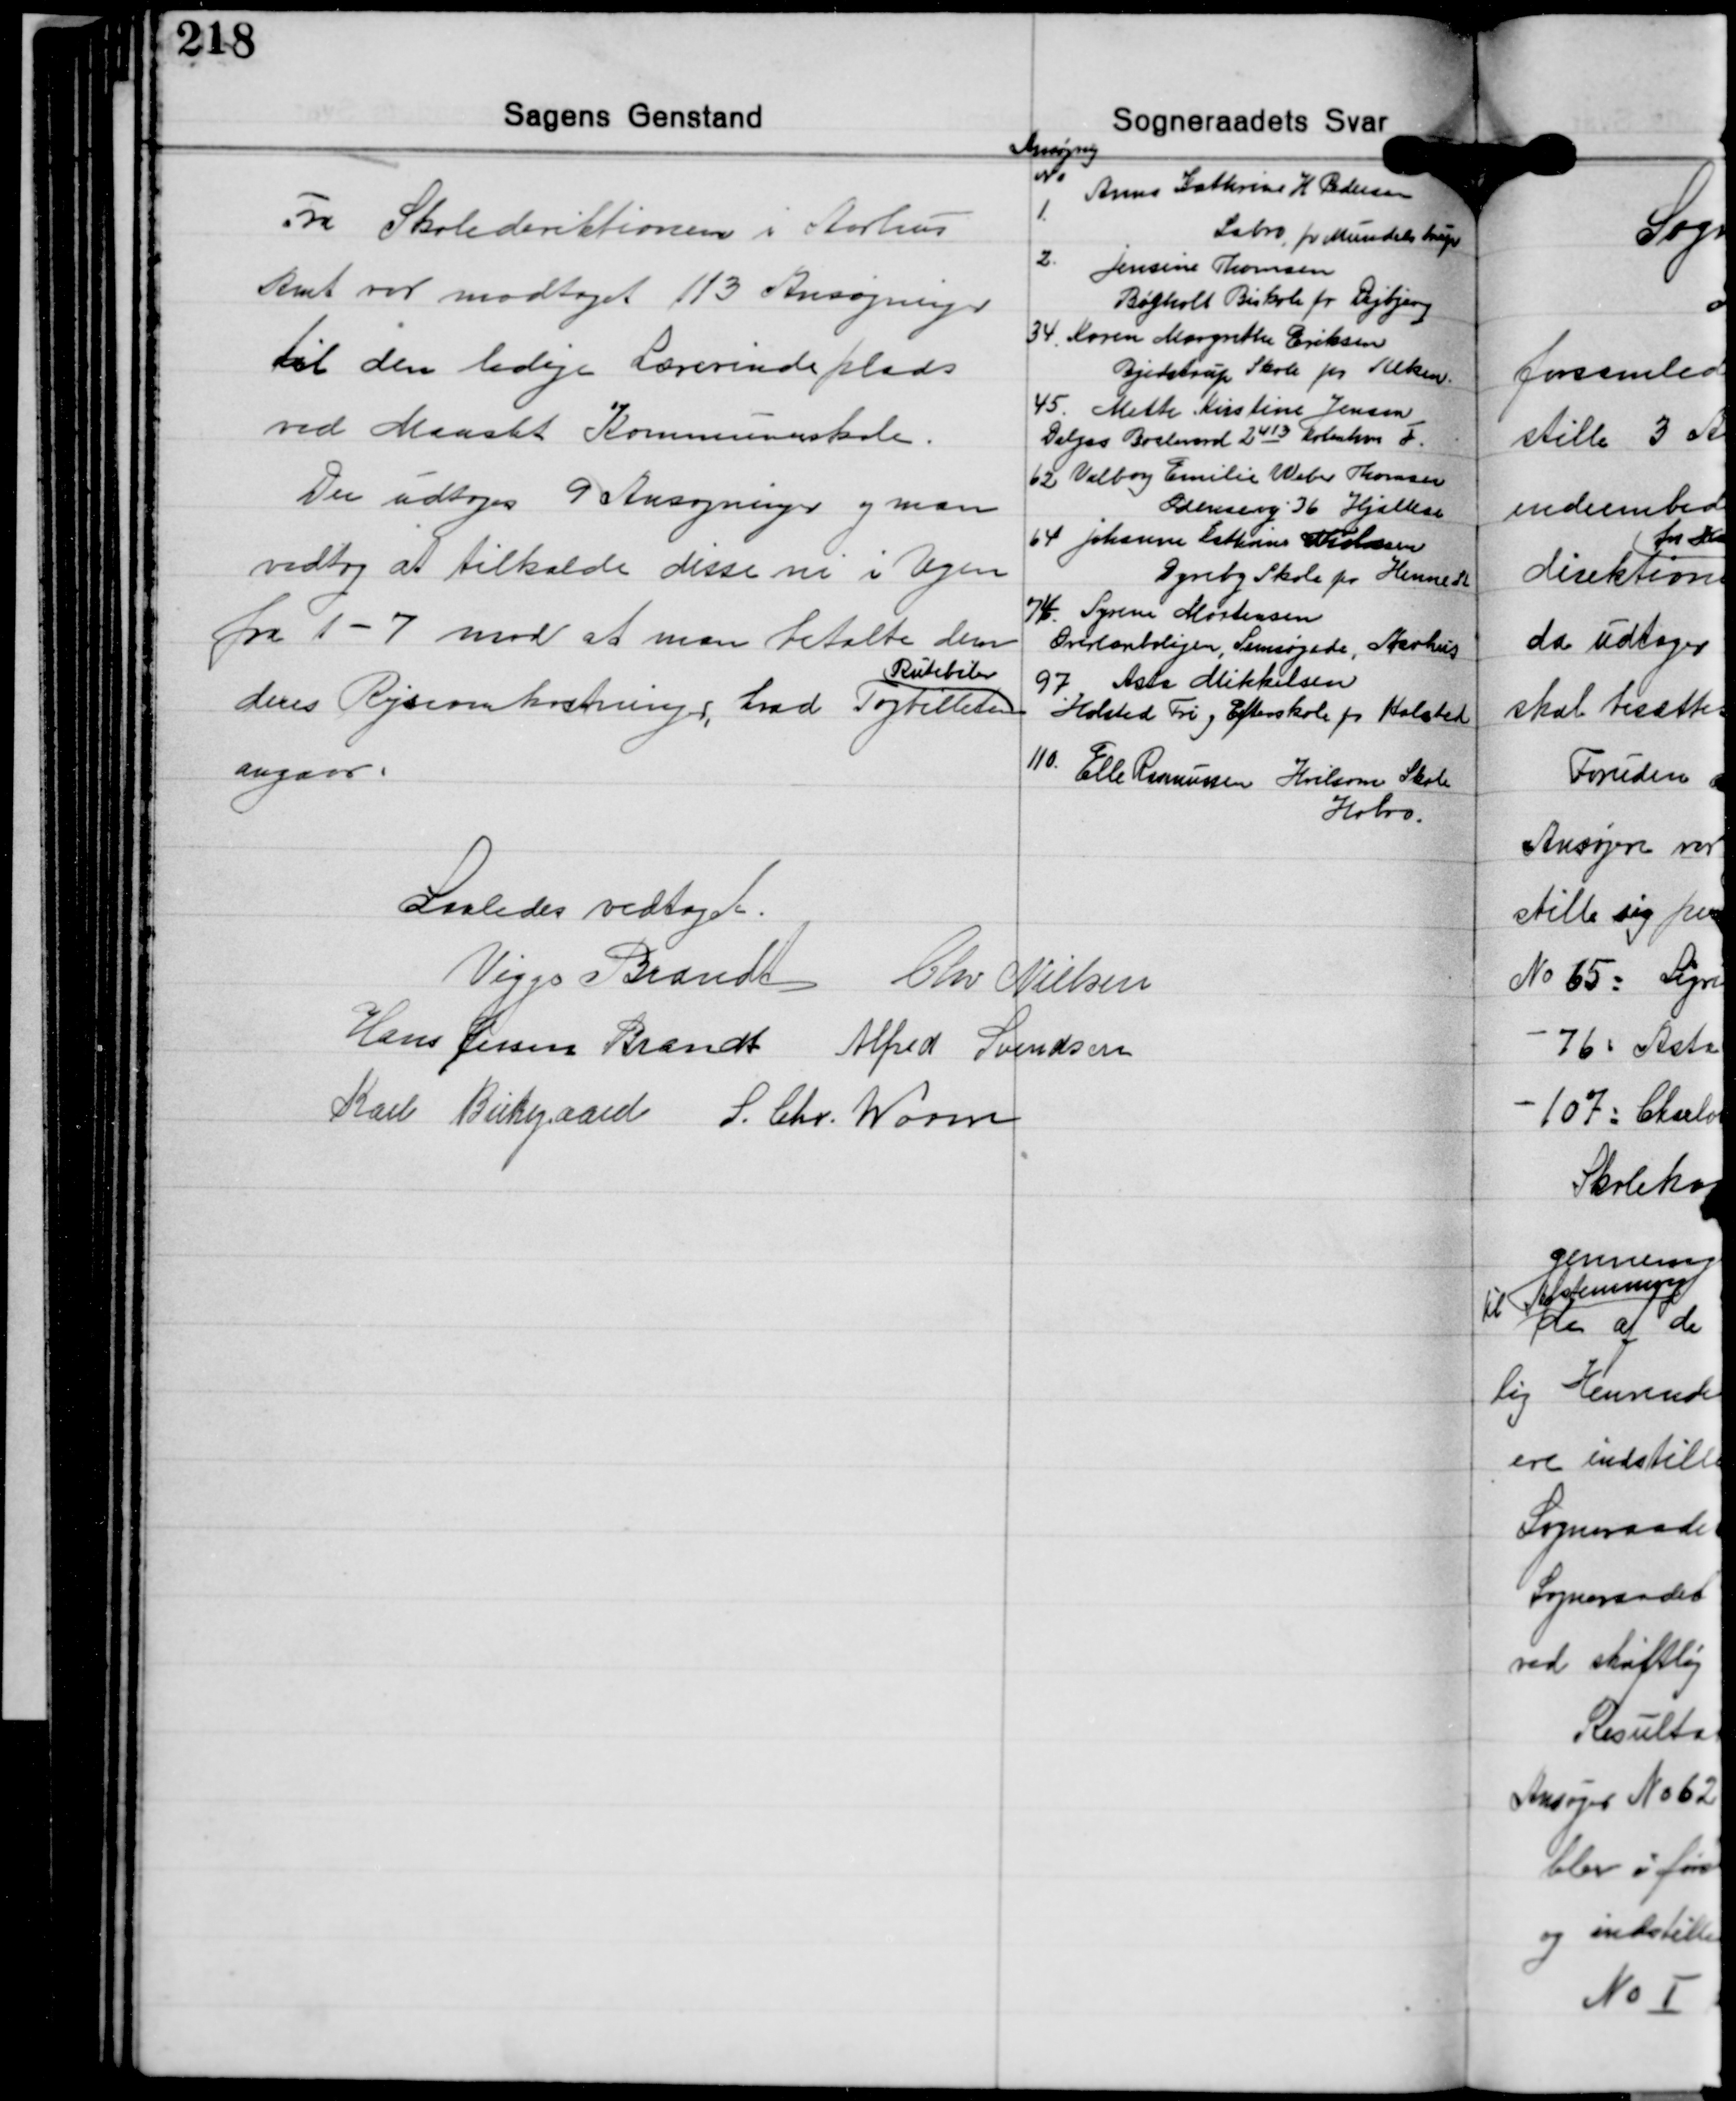
Transskription:
Ansøgning

Fra Skoledirektionen i Aarhus
Amt var modtaget 113 Ansøgninger
til den ledige Lærerindeplads
ved Maarslet Kommuneskole.
Der udtoges 9 Ansøgninger og man
vedtog at tilkalde disse ni i Ugen
fra 1-7 mod at man betalte dem
Rutebilen
deres Rejseomkostninger hvad Togbilletten
angaar.

No
1.
Anne Kathrine H. Pedersen
Sabro pr. Mundelstrup
2. Jensine Thomsen
Bøgholt Biskole pr. Dejbjerg
34. Karen Margrethe Eriksen
Bjødstrup Skole pr. Alken.
45. Mette Kirstine Jensen
Dalgas Boulevard 2413 København F.
62 Valborg Emilie Weber Thomsen
Odensevej 26 Hjallelse.
64. Johanne Kathrine Tholosen
Dyreby Skole pr Hennest
74. Syrene Mortensen
Overlæreboligen, Samsøgade, Aarhus
97 Asta Mikkelsen
Holsted Fri og Efterskole pr. Holsted
110. Elle Ramussen Hvilsom Skole
Hobro.

Saaledes vedtaget.
Viggo Brandt Chr. Nielsen
Hans Jessen Brandt Alfred Svendsen
Karl Birkegaard S. Chr. Worm